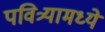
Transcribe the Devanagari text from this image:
पवित्र्यामध्ये